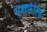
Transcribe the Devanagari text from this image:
एशफील्ड